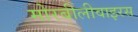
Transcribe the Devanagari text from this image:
मोरबीलीवाइरस